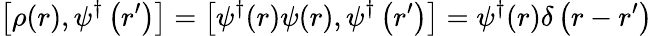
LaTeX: \left[\rho(r),\psi^{\dagger}\left(r^{\prime}\right)\right]=\left[\psi^{\dagger}(r)\psi(r),\psi^{\dagger}\left(r^{\prime}\right)\right]=\psi^{\dagger}(r)\delta\left(r-r^{\prime}\right)